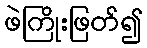
ဖဲကြိုးဖြတ်၍